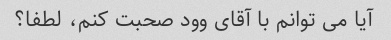
آیا می توانم با آقای وود صحبت کنم، لطفا؟